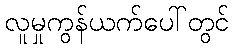
လူမှုကွန်ယက်ပေါ်တွင်